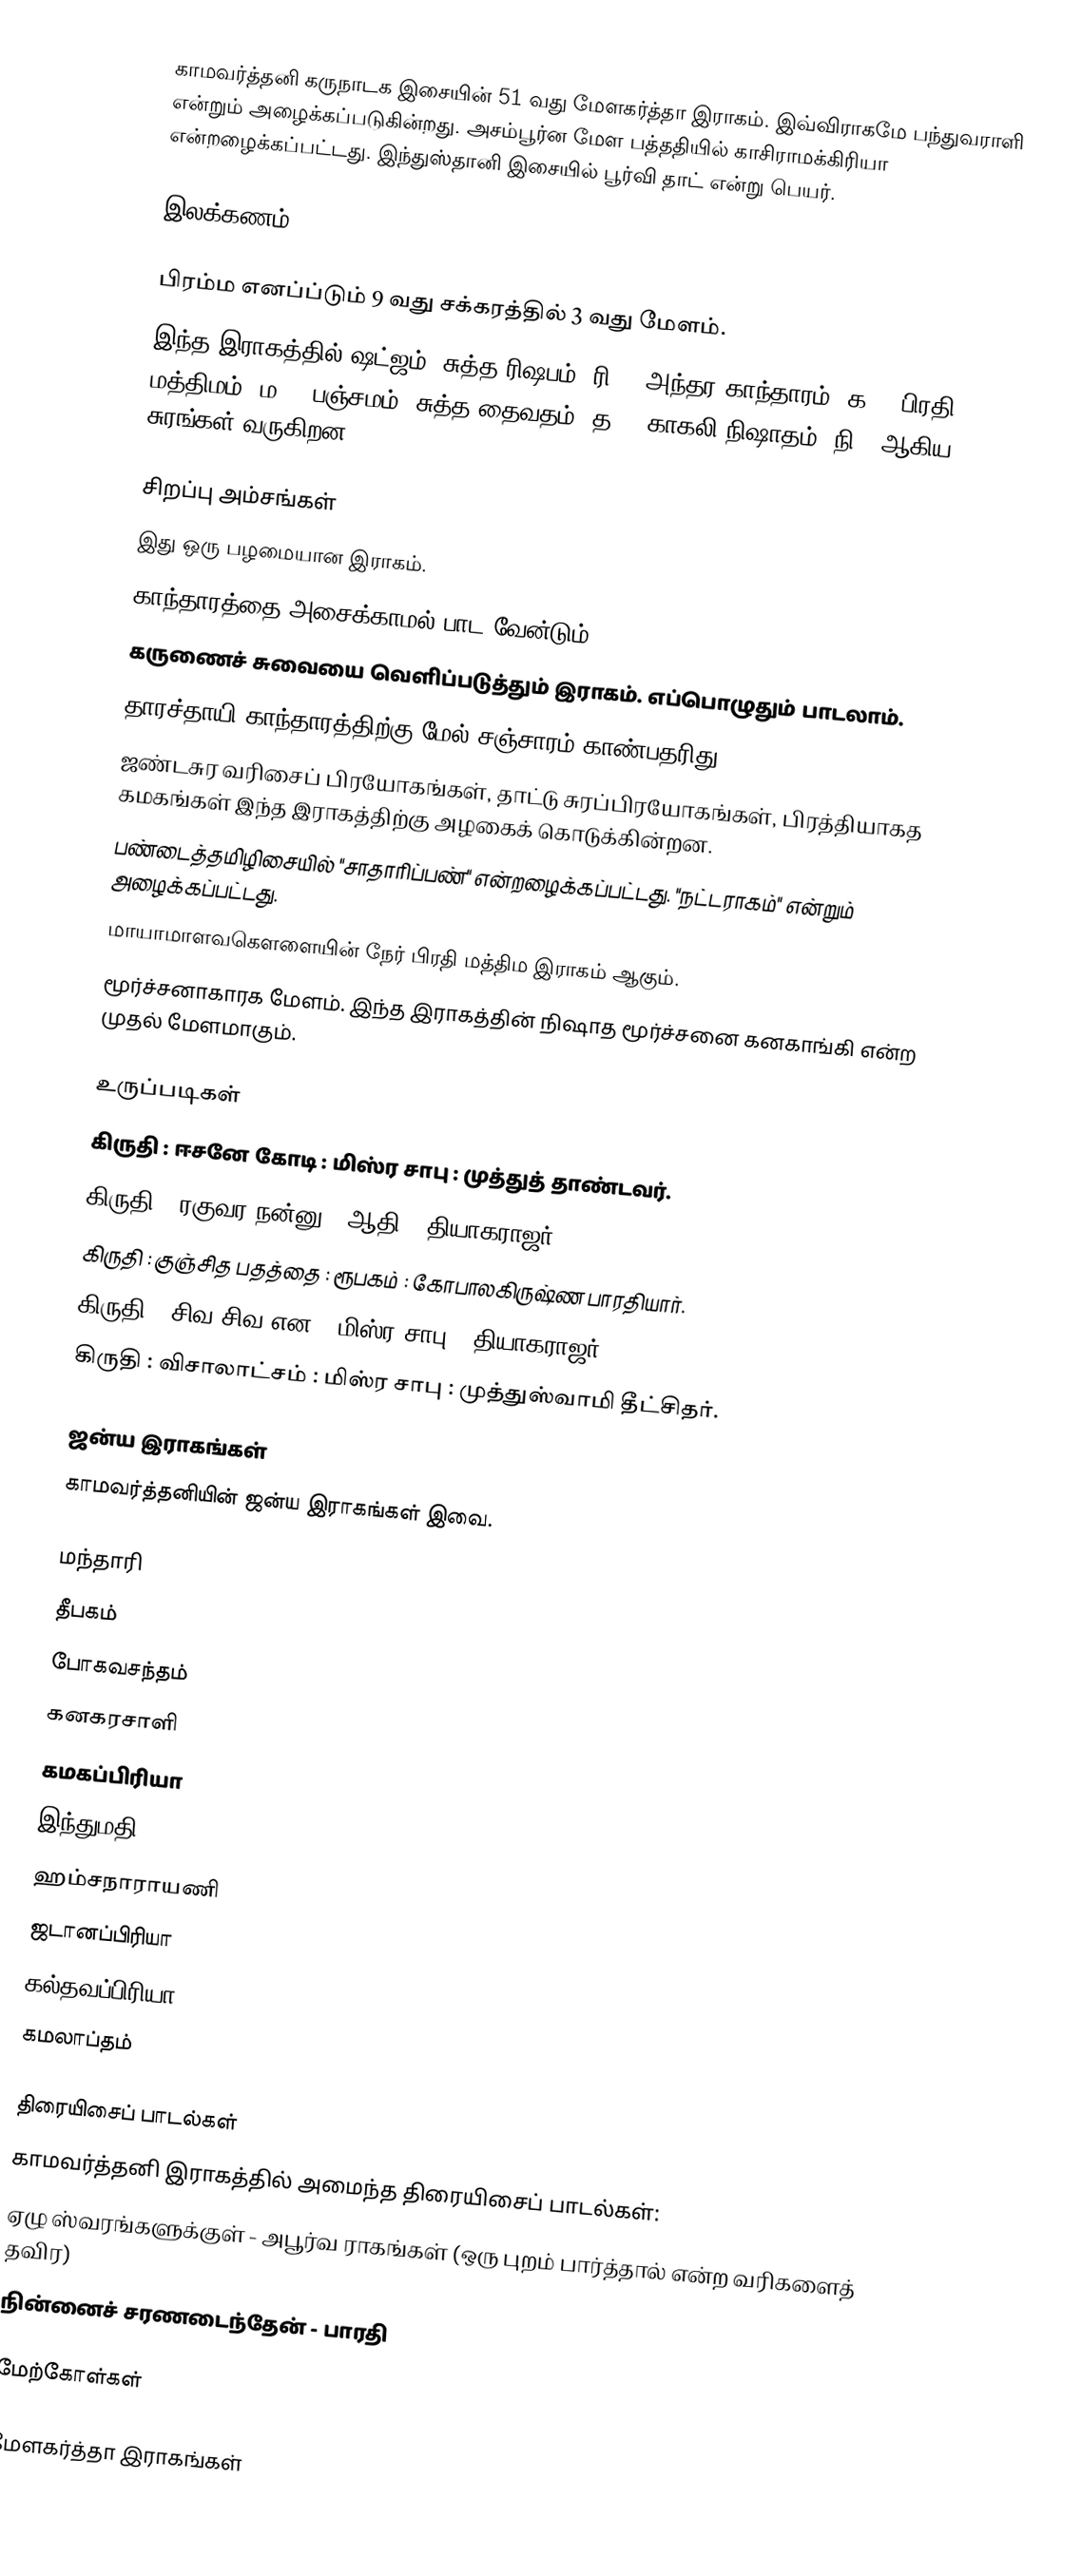
காமவர்த்தனி கருநாடக இசையின் 51 வது மேளகர்த்தா இராகம். இவ்விராகமே பந்துவராளி என்றும் அழைக்கப்படுகின்றது. அசம்பூர்ன மேள பத்ததியில் காசிராமக்கிரியா என்றழைக்கப்பட்டது. இந்துஸ்தானி இசையில் பூர்வி தாட் என்று பெயர்.

இலக்கணம்

 பிரம்ம எனப்ப்டும் 9 வது சக்கரத்தில் 3 வது மேளம்.
 இந்த இராகத்தில் ஷட்ஜம், சுத்த ரிஷபம் (ரி1), அந்தர காந்தாரம் (க3), பிரதி மத்திமம் (ம2), பஞ்சமம், சுத்த தைவதம் (த1), காகலி நிஷாதம் (நி3) ஆகிய சுரங்கள் வருகிறன.

சிறப்பு அம்சங்கள்
 இது ஒரு பழமையான இராகம்.
 காந்தாரத்தை அசைக்காமல் பாட வேன்டும்.
 கருணைச் சுவையை வெளிப்படுத்தும் இராகம். எப்பொழுதும் பாடலாம்.
 தாரச்தாயி காந்தாரத்திற்கு மேல் சஞ்சாரம் காண்பதரிது.
 ஜண்டசுர வரிசைப் பிரயோகங்கள், தாட்டு சுரப்பிரயோகங்கள், பிரத்தியாகத கமகங்கள் இந்த இராகத்திற்கு அழகைக் கொடுக்கின்றன.
 பண்டைத்தமிழிசையில் "சாதாரிப்பண்" என்றழைக்கப்பட்டது. "நட்டராகம்" என்றும் அழைக்கப்பட்டது.
 மாயாமாளவகௌளையின் நேர் பிரதி மத்திம இராகம் ஆகும்.
 மூர்ச்சனாகாரக மேளம். இந்த இராகத்தின் நிஷாத மூர்ச்சனை கனகாங்கி என்ற முதல் மேளமாகும்.

உருப்படிகள்
 கிருதி	: ஈசனே கோடி	: மிஸ்ர சாபு	: முத்துத் தாண்டவர்.
 கிருதி	: ரகுவர நன்னு	: ஆதி		: தியாகராஜர்.
 கிருதி	: குஞ்சித பதத்தை	: ரூபகம்	: கோபாலகிருஷ்ண பாரதியார்.
 கிருதி	: சிவ சிவ என	: மிஸ்ர சாபு	: தியாகராஜர்.
 கிருதி	: விசாலாட்சம்	: மிஸ்ர சாபு	: முத்துஸ்வாமி தீட்சிதர்.

ஜன்ய இராகங்கள்
காமவர்த்தனியின் ஜன்ய இராகங்கள் இவை.

 மந்தாரி
 தீபகம்
 போகவசந்தம்
 கனகரசாளி
 கமகப்பிரியா
 இந்துமதி
 ஹம்சநாராயணி
 ஜடானப்பிரியா
 கல்தவப்பிரியா
 கமலாப்தம்

திரையிசைப் பாடல்கள்
காமவர்த்தனி இராகத்தில் அமைந்த திரையிசைப் பாடல்கள்:
 ஏழு ஸ்வரங்களுக்குள் - அபூர்வ ராகங்கள் (ஒரு புறம் பார்த்தால் என்ற வரிகளைத் தவிர)
 நின்னைச் சரணடைந்தேன் - பாரதி

மேற்கோள்கள்

மேளகர்த்தா இராகங்கள்